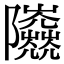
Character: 𨽰